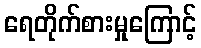
ရေတိုက်စားမှုကြောင့်